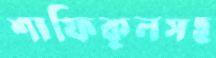
শাফিকুলসহ